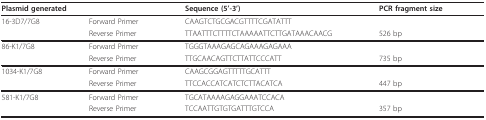
| <COLSPAN=2> Plasmid generated | Sequence (5'-3') | PCR fragment size |
 | --- | --- | --- | --- |
 | 16-3D7/7G8 | Forward Primer | CAAGTCTGCGACGTTTTCGATATTT |  |
 |  | Reverse Primer | TTAATTTCTTTTCTAAAAATTCTTGATAAACAACG | 526 bp |
 | 86-K1/7G8 | Forward Primer | TGGGTAAAGAGCAGAAAGAGAAA |  |
 |  | Reverse Primer | TTGCAACAGTTCTTATTCCCATT | 735 bp |
 | 1034-K1/7G8 | Forward Primer | CAAGCGGAGTTTTTGCATTT |  |
 |  | Reverse Primer | TTCCACCATCATCTCTTACATCA | 447 bp |
 | 581-K1/7G8 | Forward Primer | TGCATAAAAGAGGAAATCCACA |  |
 |  | Reverse Primer | TCCAATTGTGTGATTTGTCCA | 357 bp |